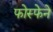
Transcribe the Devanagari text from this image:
फोस्फेने